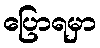
ပြောရမှာ